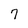
Character: 7